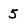
Character: 5